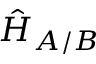
\hat { H } _ { A / B }